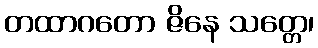
တထာဂတော ဇိနေ သတ္တေ၊